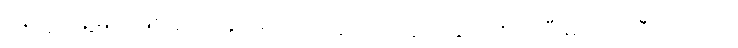
နေ့ထူးနေ့မြတ်ဖြစ် ပေးပို့နိုင်မည့် ဤလူတို့အတွက် ပွတ်တိုက်ပြီးမှ ကိုက်ချီလာသော